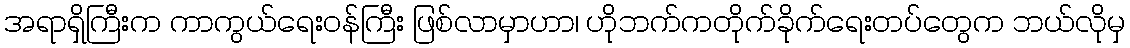
အရာရှိကြီးက ကာကွယ်ရေးဝန်ကြီး ဖြစ်လာမှာဟာ၊ ဟိုဘက်ကတိုက်ခိုက်ရေးတပ်တွေက ဘယ်လိုမှ